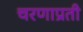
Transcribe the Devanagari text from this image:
चरणाप्रती